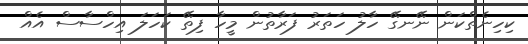
ކިހިނެތްކަން ނޭނގޭ ހާލު ހަތަރު ފަރާތުން މީހާ ފިތޭ ކަހަލަ އިހްސާސް އެއް